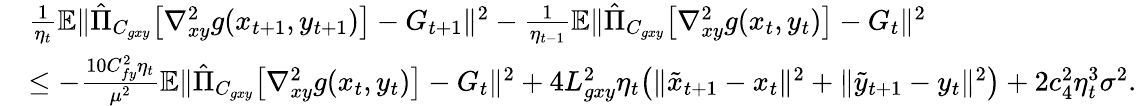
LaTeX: \begin{array}{rl}&{\frac{1}{\eta_{t}}\mathbb{E}\| \hat{\Pi}_{C_{gxy}}\big[\nabla_{xy}^{2}g(x_{t+1},y_{t+1})\big]-G_{t+1}\| ^{2}-\frac{1}{\eta_{t-1}}\mathbb{E}\| \hat{\Pi}_{C_{gxy}}\big[\nabla_{xy}^{2}g(x_{t},y_{t})\big]-G_{t}\| ^{2}}\\ &{\leq-\frac{10C_{fy}^{2}\eta_{t}}{\mu^{2}}\mathbb{E}\| \hat{\Pi}_{C_{gxy}}\big[\nabla_{xy}^{2}g(x_{t},y_{t})\big]-G_{t}\| ^{2}+4L_{gxy}^{2}\eta_{t}\big(\| \tilde{x}_{t+1}-x_{t}\| ^{2}+\| \tilde{y}_{t+1}-y_{t}\| ^{2}\big)+2c_{4}^{2}\eta_{t}^{3}\sigma^{2}.}\end{array}